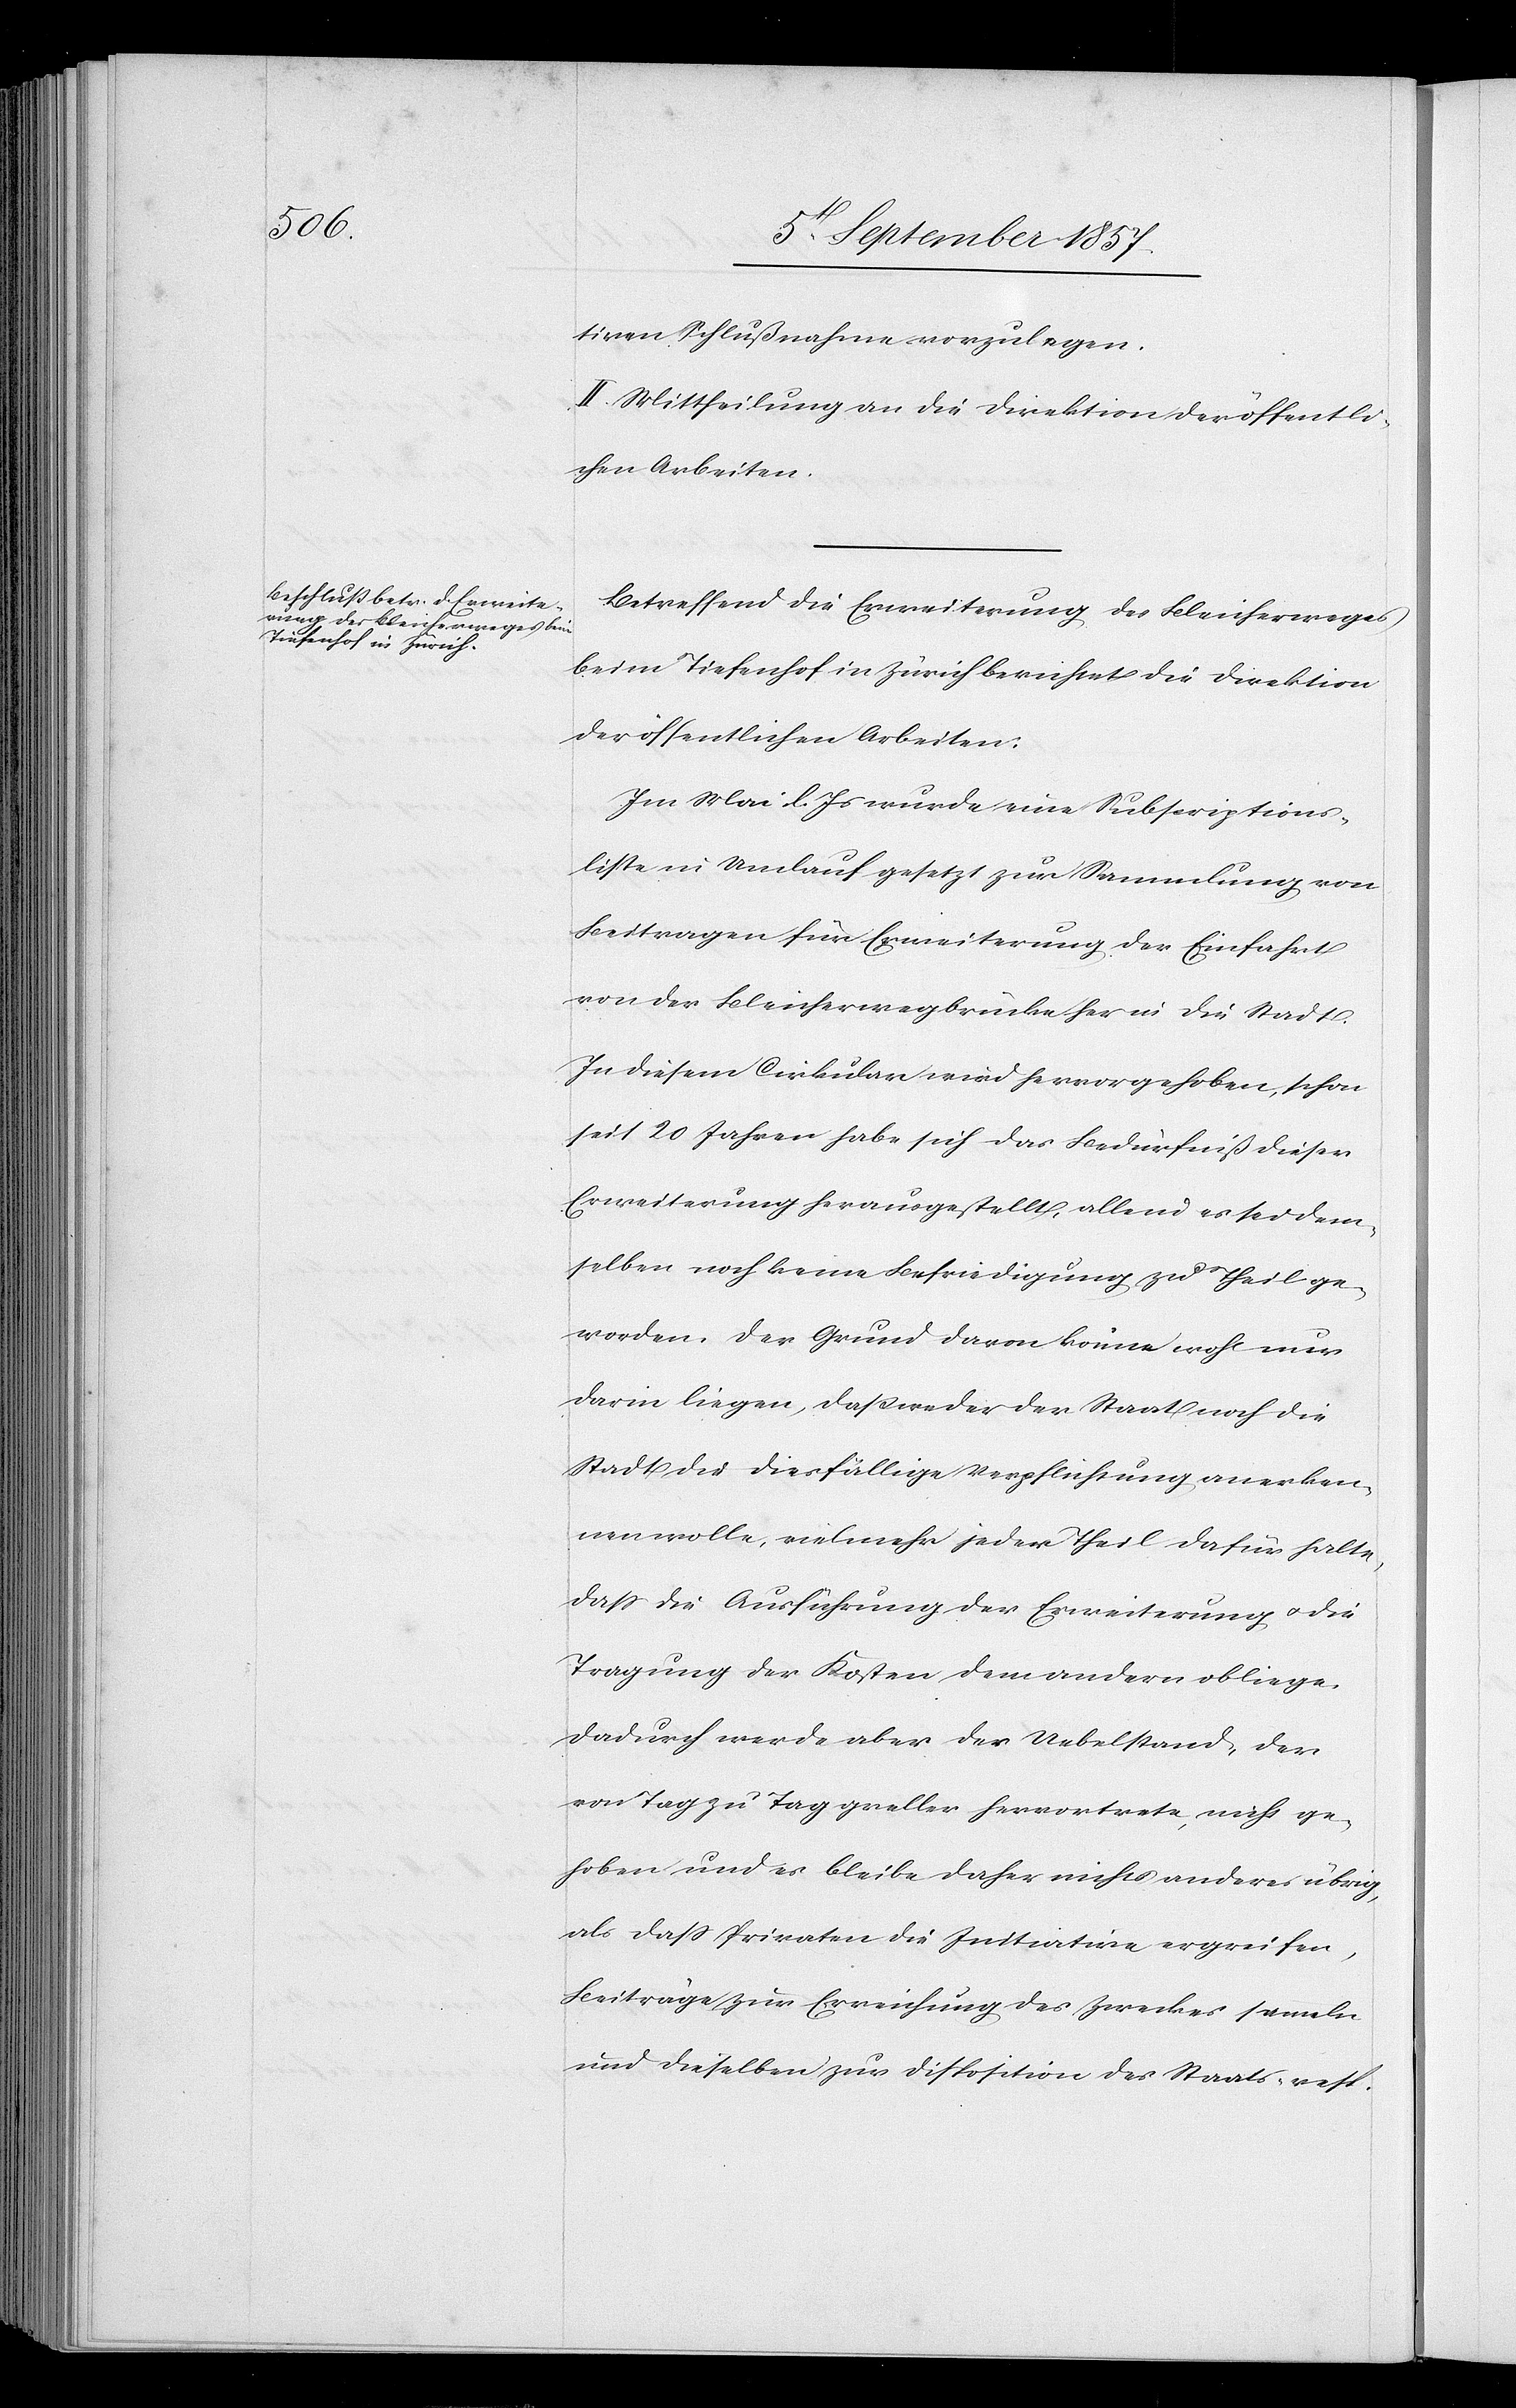
tiven Schlußnahme vorzulegen.
II. Mittheilungen an die Direktion der öffentli¬
chen Arbeiten.
Betreffend die Erweiterung des Bleicherweges
beim Tiefenhof in Zürich berichtet die Direktion
der öffentlichen Arbeiten:
Im Mai l. Js. wurde eine Subscriptions¬
liste in Umlauf gesetzt zur Sammlung von
Beitragen für Erweiterung der Einfahrt
von der Bleicherwegbrücke her in die Stadt.
In diesem Cirkular wird hervorgehoben, schon
seit 20 Jahren habe sich das Bedürfniß dieser
Erweiterung herausgestellt, allein es sei dem¬
selben noch keine Befriedigung zu Theil ge¬
worden. Der Grund davon könne wohl nur
darin liegen, daß weder der Staat noch die
Stadt die diesfällige Verpflichtung anerken¬
nen wolle, vielmehr jeder Theil dafür halte,
daß die Ausführung der Erweiterung & die
Tragung der Kosten dem andern obliege.
Dadurch werde aber der Uebelstand, der
von Tag zu Tag greller hervortrete, nicht ge¬
hoben und es bleibe daher nichts anderes übrig,
als daß Privaten die Initiative ergreifen,
Beiträge zur Erreichung des Zweckes sammeln
und dieselben zur Disposition der Staats- resp.